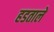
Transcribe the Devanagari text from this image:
हडतालें